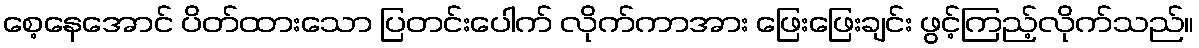
စေ့နေအောင် ပိတ်ထားသော ပြတင်းပေါက် လိုက်ကာအား ဖြေးဖြေးချင်း ဖွင့်ကြည့်လိုက်သည်။